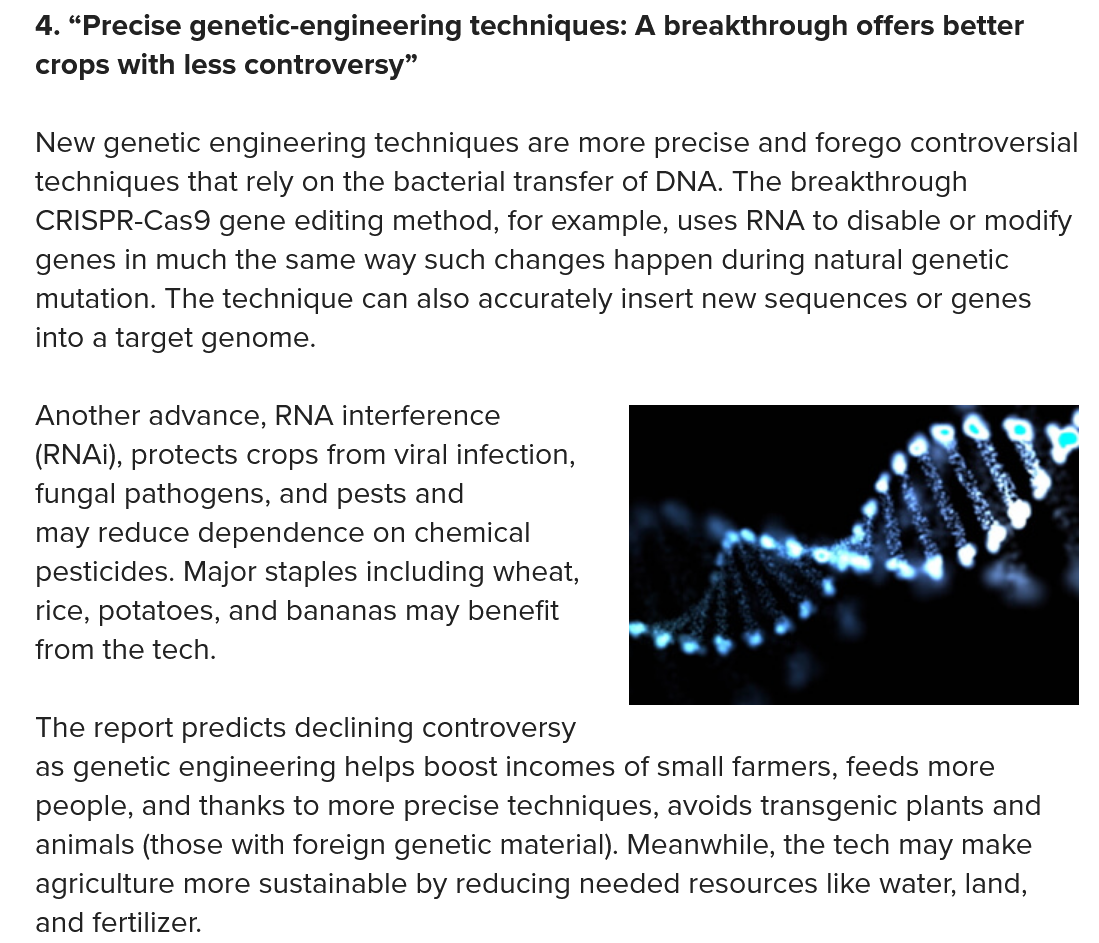
4. “Precise genetic-engineering techniques: A breakthrough offers better
   crops with less controversy”
   New genetic engineering techniques are more precise and forego controversial
   techniques that rely on the bacterial transfer of DNA. The breakthrough
   CRISPR-Cas9 gene editing method, for example, uses RNA to disable or modify
   genes in much the same way such changes happen during natural genetic
   mutation. The technique can also accurately insert new sequences or genes
   into a target genome.
   Another advance, RNA interference
   (RNAi), protects crops from viral infection,
   fungal pathogens, and pests and
   may reduce dependence on chemical
   pesticides. Major staples including wheat,
   rice, potatoes, and bananas may benefit
   from the tech.
   The report predicts declining controversy
   as genetic engineering helps boost incomes of small farmers, feeds more
   people, and thanks to more precise techniques, avoids transgenic plants and
   animals (those with foreign genetic material). Meanwhile, the tech may make
   agriculture more sustainable by reducing needed resources like water, land,
   and fertilizer.